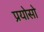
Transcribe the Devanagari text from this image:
प्रयोसो